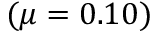
( \mu = 0 . 1 0 )